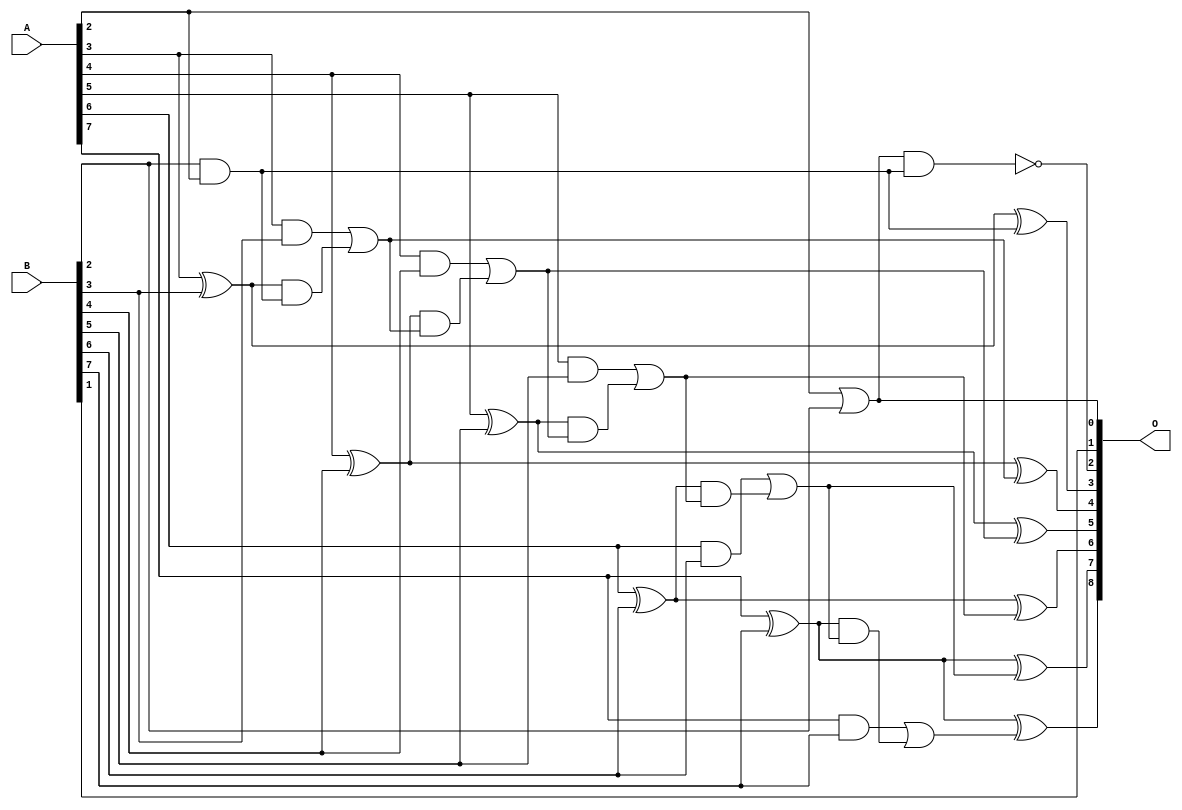
// This program was cloned from: https://github.com/ehw-fit/evoapproxlib
// License: MIT License

/***
* This code is a part of EvoApproxLib library (ehw.fit.vutbr.cz/approxlib) distributed under The MIT License.
* When used, please cite the following article(s): V. Mrazek, L. Sekanina, Z. Vasicek "Libraries of Approximate Circuits: Automated Design and Application in CNN Accelerators" IEEE Journal on Emerging and Selected Topics in Circuits and Systems, Vol 10, No 4, 2020 
* This file contains a circuit from a sub-set of pareto optimal circuits with respect to the pwr and ep parameters
***/
// MAE% = 0.55 %
// MAE = 1.4 
// WCE% = 1.56 %
// WCE = 4.0 
// WCRE% = 300.00 %
// EP% = 78.12 %
// MRE% = 5.69 %
// MSE = 3.2 
// PDK45_PWR = 0.024 mW
// PDK45_AREA = 54.9 um2
// PDK45_DELAY = 0.47 ns

module add8se_90J (
    A,
    B,
    O
);

input [7:0] A;
input [7:0] B;
output [8:0] O;

wire sig_22,sig_23,sig_24,sig_26,sig_28,sig_29,sig_30,sig_31,sig_32,sig_33,sig_34,sig_35,sig_36,sig_37,sig_38,sig_39,sig_40,sig_41,sig_42,sig_43;
wire sig_44,sig_45,sig_46,sig_47,sig_48,sig_49,sig_50,sig_51,sig_52,sig_53,sig_54;

assign sig_22 = B[2] & A[2];
assign sig_23 = A[2] | B[2];
assign sig_24 = A[2] & B[2];
assign sig_26 = ~(sig_23 & sig_22);
assign sig_28 = A[3] ^ B[3];
assign sig_29 = A[3] & B[3];
assign sig_30 = sig_28 & sig_24;
assign sig_31 = sig_28 ^ sig_24;
assign sig_32 = sig_29 | sig_30;
assign sig_33 = A[4] ^ B[4];
assign sig_34 = A[4] & B[4];
assign sig_35 = sig_33 & sig_32;
assign sig_36 = sig_33 ^ sig_32;
assign sig_37 = sig_34 | sig_35;
assign sig_38 = A[5] ^ B[5];
assign sig_39 = A[5] & B[5];
assign sig_40 = sig_38 & sig_37;
assign sig_41 = sig_38 ^ sig_37;
assign sig_42 = sig_39 | sig_40;
assign sig_43 = A[6] ^ B[6];
assign sig_44 = A[6] & B[6];
assign sig_45 = sig_43 & sig_42;
assign sig_46 = sig_43 ^ sig_42;
assign sig_47 = sig_44 | sig_45;
assign sig_48 = A[7] ^ B[7];
assign sig_49 = A[7] & B[7];
assign sig_50 = sig_48 & sig_47;
assign sig_51 = sig_48 ^ sig_47;
assign sig_52 = sig_49 | sig_50;
assign sig_53 = A[7] ^ B[7];
assign sig_54 = sig_53 ^ sig_52;

assign O[8] = sig_54;
assign O[7] = sig_51;
assign O[6] = sig_46;
assign O[5] = sig_41;
assign O[4] = sig_36;
assign O[3] = sig_31;
assign O[2] = sig_26;
assign O[1] = B[1];
assign O[0] = sig_23;

endmodule